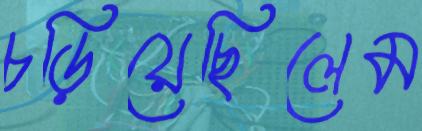
চড়িয়েছিলেম